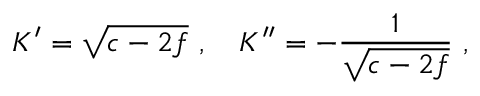
K ^ { \prime } = \sqrt { c - 2 f } \ , \ \ \ K ^ { \prime \prime } = - \frac { 1 } { \sqrt { c - 2 f } } \ ,